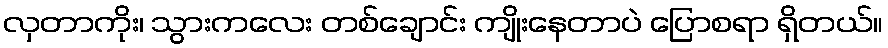
လှတာကိုး၊ သွားကလေး တစ်ချောင်း ကျိုးနေတာပဲ ပြောစရာ ရှိတယ်။